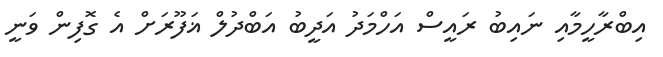
އިބްރާހީމާއި ނައިބު ރައީސް އަހްމަދު އަދީބު އަބްދުލް ޣަފޫރަށް އެ ގޮފިން ވަނީ